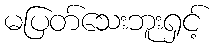
မပြတ်သေးဘူးရှင့်